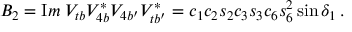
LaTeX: B _ { 2 } = { \mathrm I m } \; V _ { t b } V _ { 4 b } ^ { * } V _ { 4 b ^ { \prime } } V _ { t b ^ { \prime } } ^ { * } = c _ { 1 } c _ { 2 } s _ { 2 } c _ { 3 } s _ { 3 } c _ { 6 } s _ { 6 } ^ { 2 } \sin \delta _ { 1 } \, .